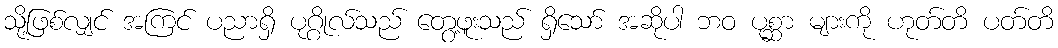
သို့ဖြစ်လျှင် အကြင် ပညာရှိ ပုဂ္ဂိုလ်သည် တွေ့ဖူးသည် ရှိသော် အဆိုပါ ဘဝ ပုစ္ဆာ များကို ဟုတ်တိ ပတ်တိ